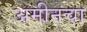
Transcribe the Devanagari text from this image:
अमीनचा